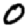
Digit: 0